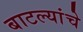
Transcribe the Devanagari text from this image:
बाटल्यांचे